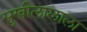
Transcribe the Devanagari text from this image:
सुखीलालाला